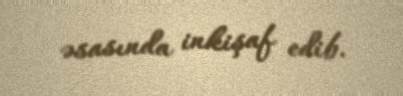
əsasında inkişaf edib.